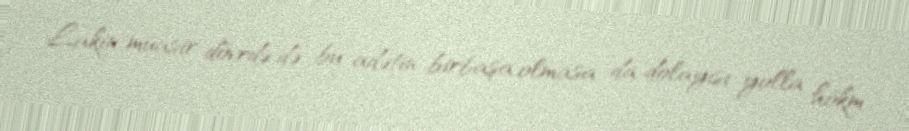
Lakin müasir dövrdə də bu adətin birbaşa olmasa da dolayısı yolla hökm